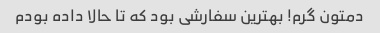
دمتون گرم! بهترین سفارشی بود که تا حالا داده بودم